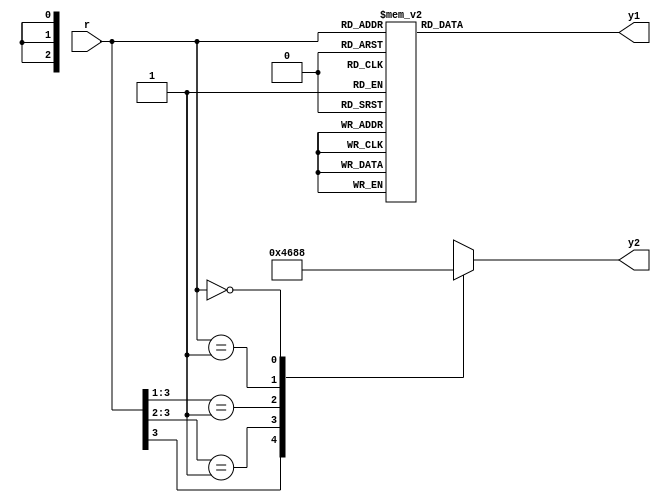
// Listing A.4
module prio_encoder_case
   (
    input wire [4:1] r,
    output reg [2:0] y1, y2
   );

   // case statement
   //    - each branch can contain multiple statements
   //      with begin ... end delimiters
   always @*
      case(r)
         4'b1000, 4'b1001, 4'b1010, 4'b1011,
         4'b1100, 4'b1101, 4'b1110, 4'b1111:
            y1 = 3'b100;
         4'b0100, 4'b0101, 4'b0110, 4'b0111:
            y1 = 3'b011;
         4'b0010, 4'b0011:
            y1 = 3'b010;
         4'b0001:
            y1 = 3'b001;
         4'b0000:     // default can also be used
            y1 = 3'b000;
     endcase

   // casez statement
   always @*
      casez(r)
         4'b1???: y2 = 3'b100; // use ? for don't-care
         4'b01??: y2 = 3'b011;
         4'b001?: y2 = 3'b010;
         4'b0001: y2 = 3'b001;
         4'b0000: y2 = 3'b000; // default can also be used
      endcase

endmodule